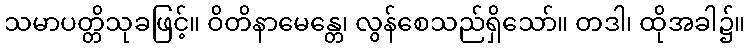
သမာပတ္တိသုခဖြင့်။ ဝိတိနာမေန္တေ၊ လွန်စေသည်ရှိသော်။ တဒါ၊ ထိုအခါ၌။